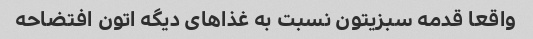
واقعا قدمه سبزیتون نسبت به غذاهای دیگه اتون افتضاحه